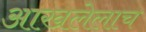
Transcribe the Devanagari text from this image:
आखलेलाच